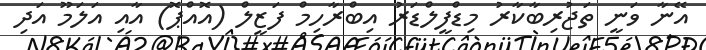
އޭނާ ވަނީ ތަޖުރިބާކާރު މިޑްފީލްޑަރު އިބްރާހިމް ފަޒީލް (އޮއްޕޮ) އާއި އަލަމޫ އަދި